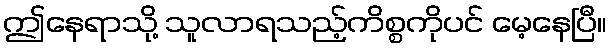
ဤနေရာသို့ သူလာရသည့်ကိစ္စကိုပင် မေ့နေပြီ။